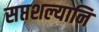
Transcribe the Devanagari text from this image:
सप्तशल्यानि